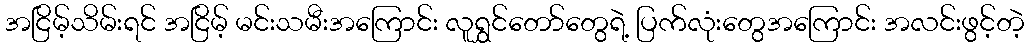
အငြိမ့်သိမ်းရင် အငြိမ့် မင်းသမီးအကြောင်း လူရွှင်တော်တွေရဲ့ ပြက်လုံးတွေအကြောင်း အလင်းဖွင့်တဲ့